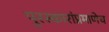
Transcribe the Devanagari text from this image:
पुरस्कारांप्रमाणेच